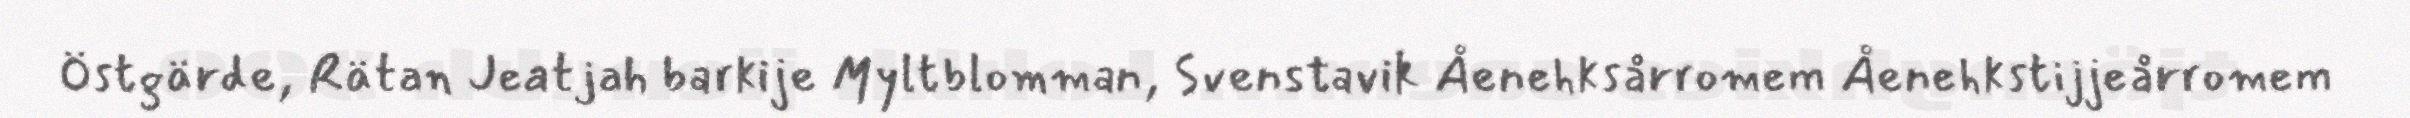
Östgärde, Rätan Jeatjah barkije Myltblomman, Svenstavik Åenehksårromem Åenehkstijjeårromem